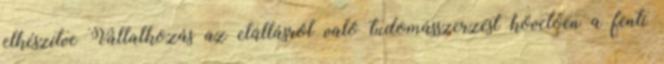
elkészítve Vállalkozás az elállásról való tudomásszerzést követően a fenti